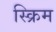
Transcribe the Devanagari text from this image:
स्क्रिम